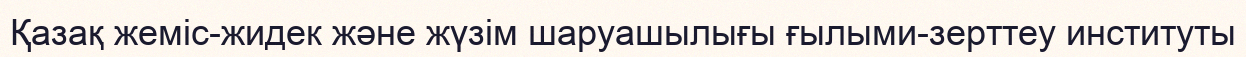
Қазақ жеміс-жидек және жүзім шаруашылығы ғылыми-зерттеу институты